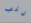
ذنب